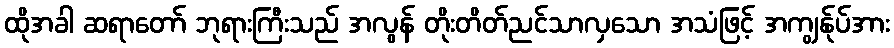
ထိုအခါ ဆရာတော် ဘုရားကြီးသည် အလွန် တိုးတိတ်ညင်သာလှသော အသံဖြင့် အကျွန်ုပ်အား